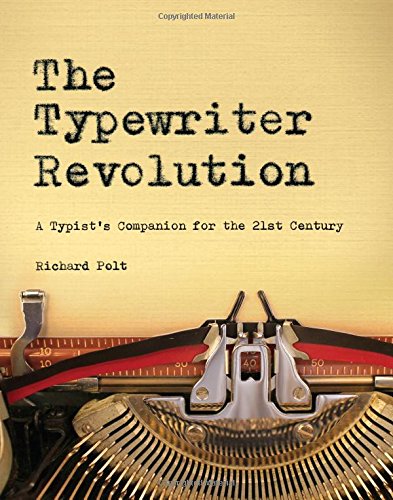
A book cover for The Typewriter Revolution: A Typist's Companion for the 21st Century; Richard Polt; Humor & Entertainment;